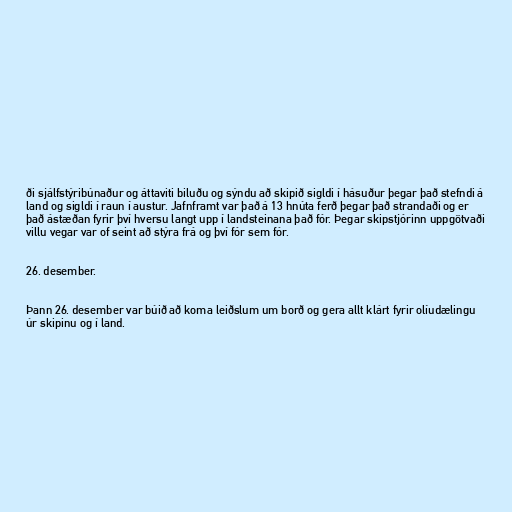
ði sjálfstýribúnaður og áttaviti biluðu og sýndu að skipið sigldi í hásuður þegar það stefndi á
land og sigldi í raun í austur. Jafnframt var það á 13 hnúta ferð þegar það strandaði og er
það ástæðan fyrir því hversu langt upp í landsteinana það fór. Þegar skipstjórinn uppgötvaði
villu vegar var of seint að stýra frá og því fór sem fór.

26. desember.

Þann 26. desember var búið að koma leiðslum um borð og gera allt klárt fyrir olíudælingu
úr skipinu og í land.